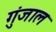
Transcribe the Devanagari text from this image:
गुंजाल